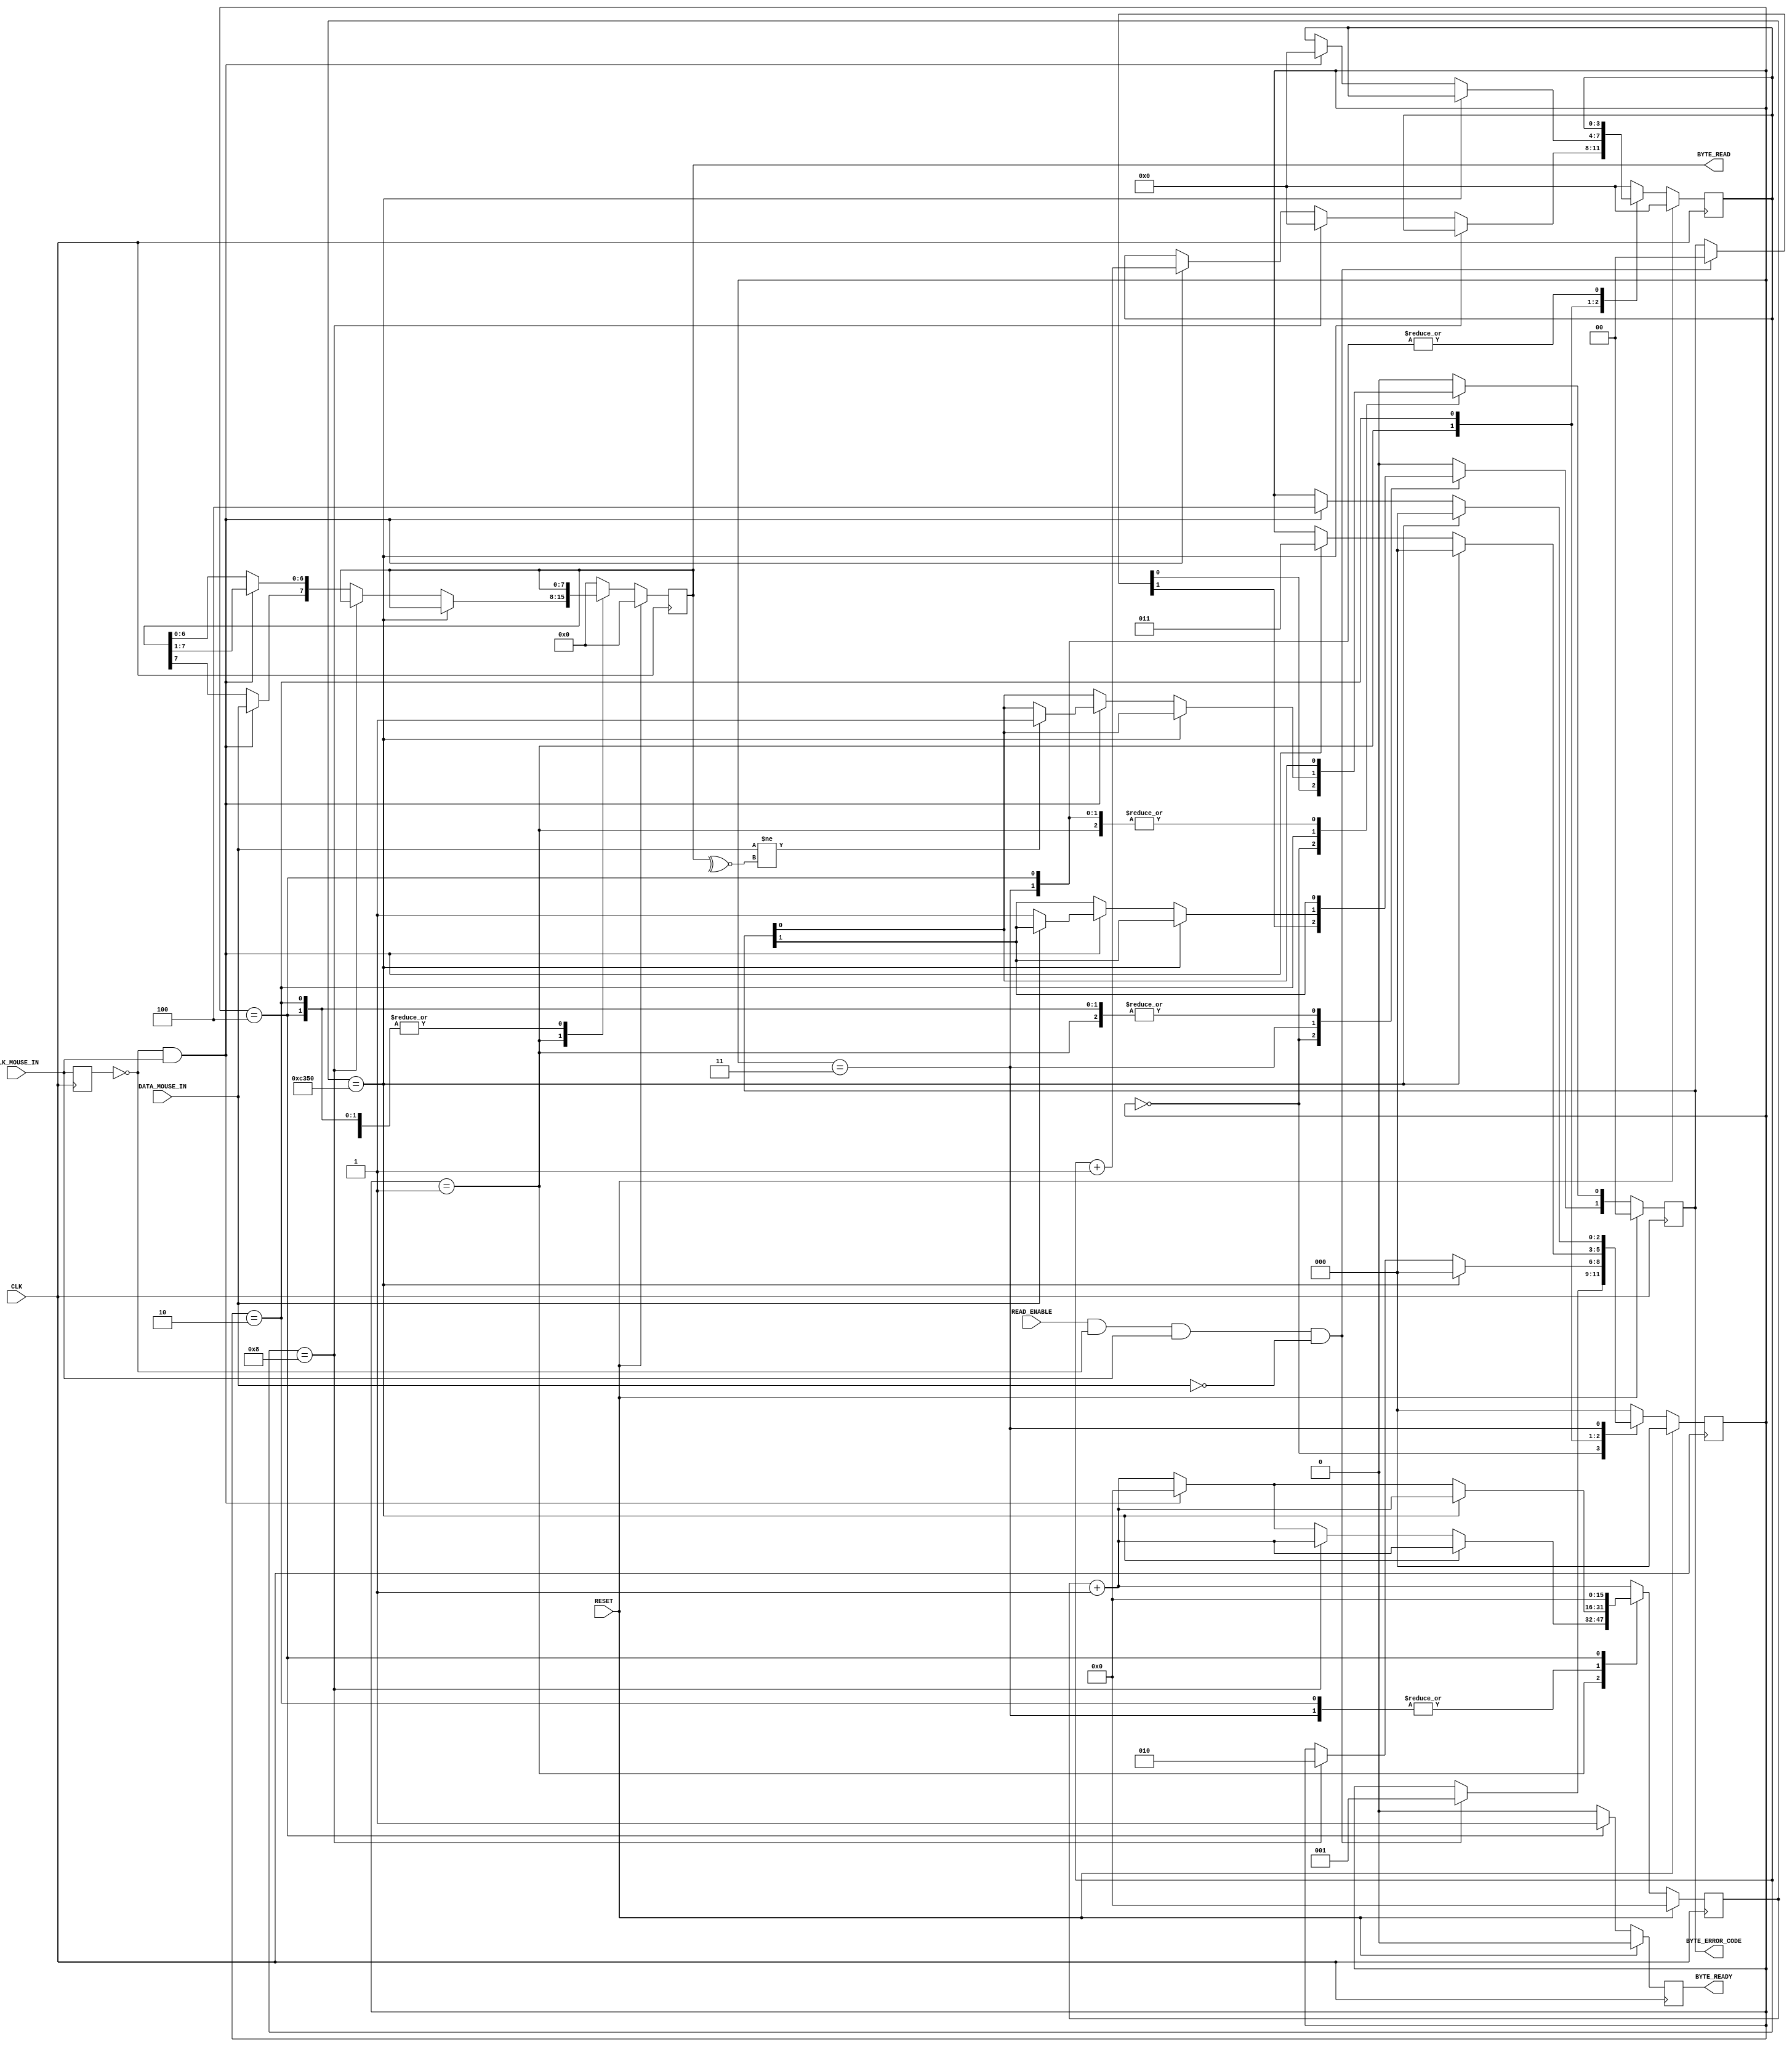
`timescale 1ns / 1ps
//////////////////////////////////////////////////////////////////////////////////
// Company: University of Edinburgh
// 
// Design Name: Digital Design Lab 4
// Module Name:    MouseReceiver
// Project Name: PS2 Mouse Interface
// Target Devices: Basys 2 
// Tool versions: 
// Description: This is the mouse receiver module. It is responsible for receiving
// data from the mouse. 
//
// Dependencies: 
//
// Revision: 
// Revision 0.01 - File Created
// Additional Comments: 
//
//////////////////////////////////////////////////////////////////////////////////
module MouseReceiver( 
	//Standard Inputs 
	input RESET, 
	input CLK, 
	//Mouse IO - CLK 
	input CLK_MOUSE_IN, 
	//Mouse IO - DATA 
	input DATA_MOUSE_IN, 
	//Control 
	input READ_ENABLE, 
	output [7:0] BYTE_READ, 
	output [1:0] BYTE_ERROR_CODE, 
	output BYTE_READY
); 
 
	////////////////////////////////////////////////////////// 
	// Clk Mouse delayed to detect clock edges 
	reg ClkMouseInDly; 
	always@(posedge CLK) 
		ClkMouseInDly <= CLK_MOUSE_IN; 
 
	////////////////////////////////////////////////////////// 
	//A simple state machine to handle the incoming 11-bit codewords 
	reg [2:0] Curr_State, Next_State; 
	reg [7:0] Curr_MSCodeShiftReg, Next_MSCodeShiftReg; 
	reg [3:0] Curr_BitCounter, Next_BitCounter; 
	reg Curr_ByteReceived, Next_ByteReceived; 
	reg [1:0] Curr_MSCodeStatus, Next_MSCodeStatus; 
	reg [15:0] Curr_TimeoutCounter, Next_TimeoutCounter; 
 
 
	//Sequential 
	always@(posedge CLK) begin 
		if(RESET) begin 
			Curr_State <= 3'b000; 
			Curr_MSCodeShiftReg <= 8'h00; 
			Curr_BitCounter <= 0; 
			Curr_ByteReceived <= 1'b0; 
			Curr_MSCodeStatus <= 2'b00; 
			Curr_TimeoutCounter <= 0; 
		end else begin 
			Curr_State <= Next_State; 
			Curr_MSCodeShiftReg <= Next_MSCodeShiftReg; 
			Curr_BitCounter <= Next_BitCounter;  
			Curr_ByteReceived <= Next_ByteReceived; 
			Curr_MSCodeStatus <= Next_MSCodeStatus; 
			Curr_TimeoutCounter <= Next_TimeoutCounter; 
		end 
	end 
 
	//Combinatorial 
	always@* begin 
		//defaults to make the State Machine more readable 
		Next_State = Curr_State; 
		Next_MSCodeShiftReg = Curr_MSCodeShiftReg; 
		Next_BitCounter = Curr_BitCounter; 
		Next_ByteReceived = 1'b0; 
		Next_MSCodeStatus = Curr_MSCodeStatus; 
		Next_TimeoutCounter = Curr_TimeoutCounter + 1'b1; 
 
		//The states 
		case (Curr_State) 
		3'b000: begin 
			//Falling edge of Mouse clock and MouseData is low i.e. start bit 
				if(READ_ENABLE & ~ClkMouseInDly & CLK_MOUSE_IN & ~DATA_MOUSE_IN) begin 
					Next_State = 3'b001; 
					Next_MSCodeStatus = 2'b00; 
				end 
			Next_BitCounter = 0; 
			end 
		// Read successive byte bits from the mouse here 
		3'b001: begin 
			if(Curr_TimeoutCounter == 50000) // 1ms timeout 
				Next_State = 3'b000; 
			else if(Curr_BitCounter == 8) begin // if last bit go to parity bit check 
				Next_State = 3'b010; 
				Next_BitCounter = 0; 
			end else if(~ClkMouseInDly & CLK_MOUSE_IN) begin //Shift Byte bits in 
				Next_MSCodeShiftReg[6:0] = Curr_MSCodeShiftReg[7:1]; 
				Next_MSCodeShiftReg[7] = DATA_MOUSE_IN; 
				Next_BitCounter = Curr_BitCounter + 1; 
				Next_TimeoutCounter = 0; 
			end 
		end 
		//Check Parity Bit 
		3'b010: begin 
		//Falling edge of Mouse clock and MouseData is odd parity 
			if(Curr_TimeoutCounter == 50000) 
				Next_State = 3'b000; 
			else if(~ClkMouseInDly & CLK_MOUSE_IN) begin 
				if(DATA_MOUSE_IN != ~^Curr_MSCodeShiftReg[7:0]) // Parity bit error 
					Next_MSCodeStatus[0] = 1'b1; 
				Next_BitCounter = 0; 
				Next_State = 3'b011; 
				Next_TimeoutCounter = 0; 
			end 
		end
		
		3'b011: begin
			if(Curr_TimeoutCounter == 50000)
				Next_State = 3'b000;
			else if(~ClkMouseInDly & CLK_MOUSE_IN) begin
				if(~DATA_MOUSE_IN)
					Next_MSCodeStatus[1] = 1'b1;
				Next_State = 3'b100;
				Next_TimeoutCounter = 0;
			end	
		end		
		
		3'b100: begin
			Next_ByteReceived = 1'b1;
			Next_State = 3'b000;
			Next_TimeoutCounter = 0;
		end
		
		default: begin
			Next_State = 3'b000; 
			Next_MSCodeShiftReg = 0; 
			Next_BitCounter = 0; 
			Next_MSCodeStatus = 2'b00;
		end
	endcase 
	end
	
	assign BYTE_READY 		= Curr_ByteReceived;
	assign BYTE_READ			= Curr_MSCodeShiftReg;
	assign BYTE_ERROR_CODE	= Curr_MSCodeStatus;
	
endmodule